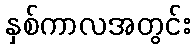
နှစ်ကာလအတွင်း